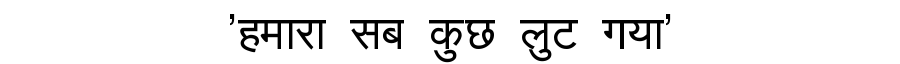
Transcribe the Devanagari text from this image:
'हमारा सब कुछ लुट गया'